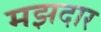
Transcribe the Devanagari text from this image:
मझदार